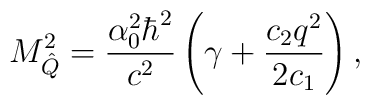
M_{\hat{Q}}^2=\frac{\alpha_0^2\hbar^2}{c^2}\left(\gamma+\frac{c_2q^2}{2c_1}\right) ,